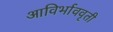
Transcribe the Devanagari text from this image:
आविर्भाववृती